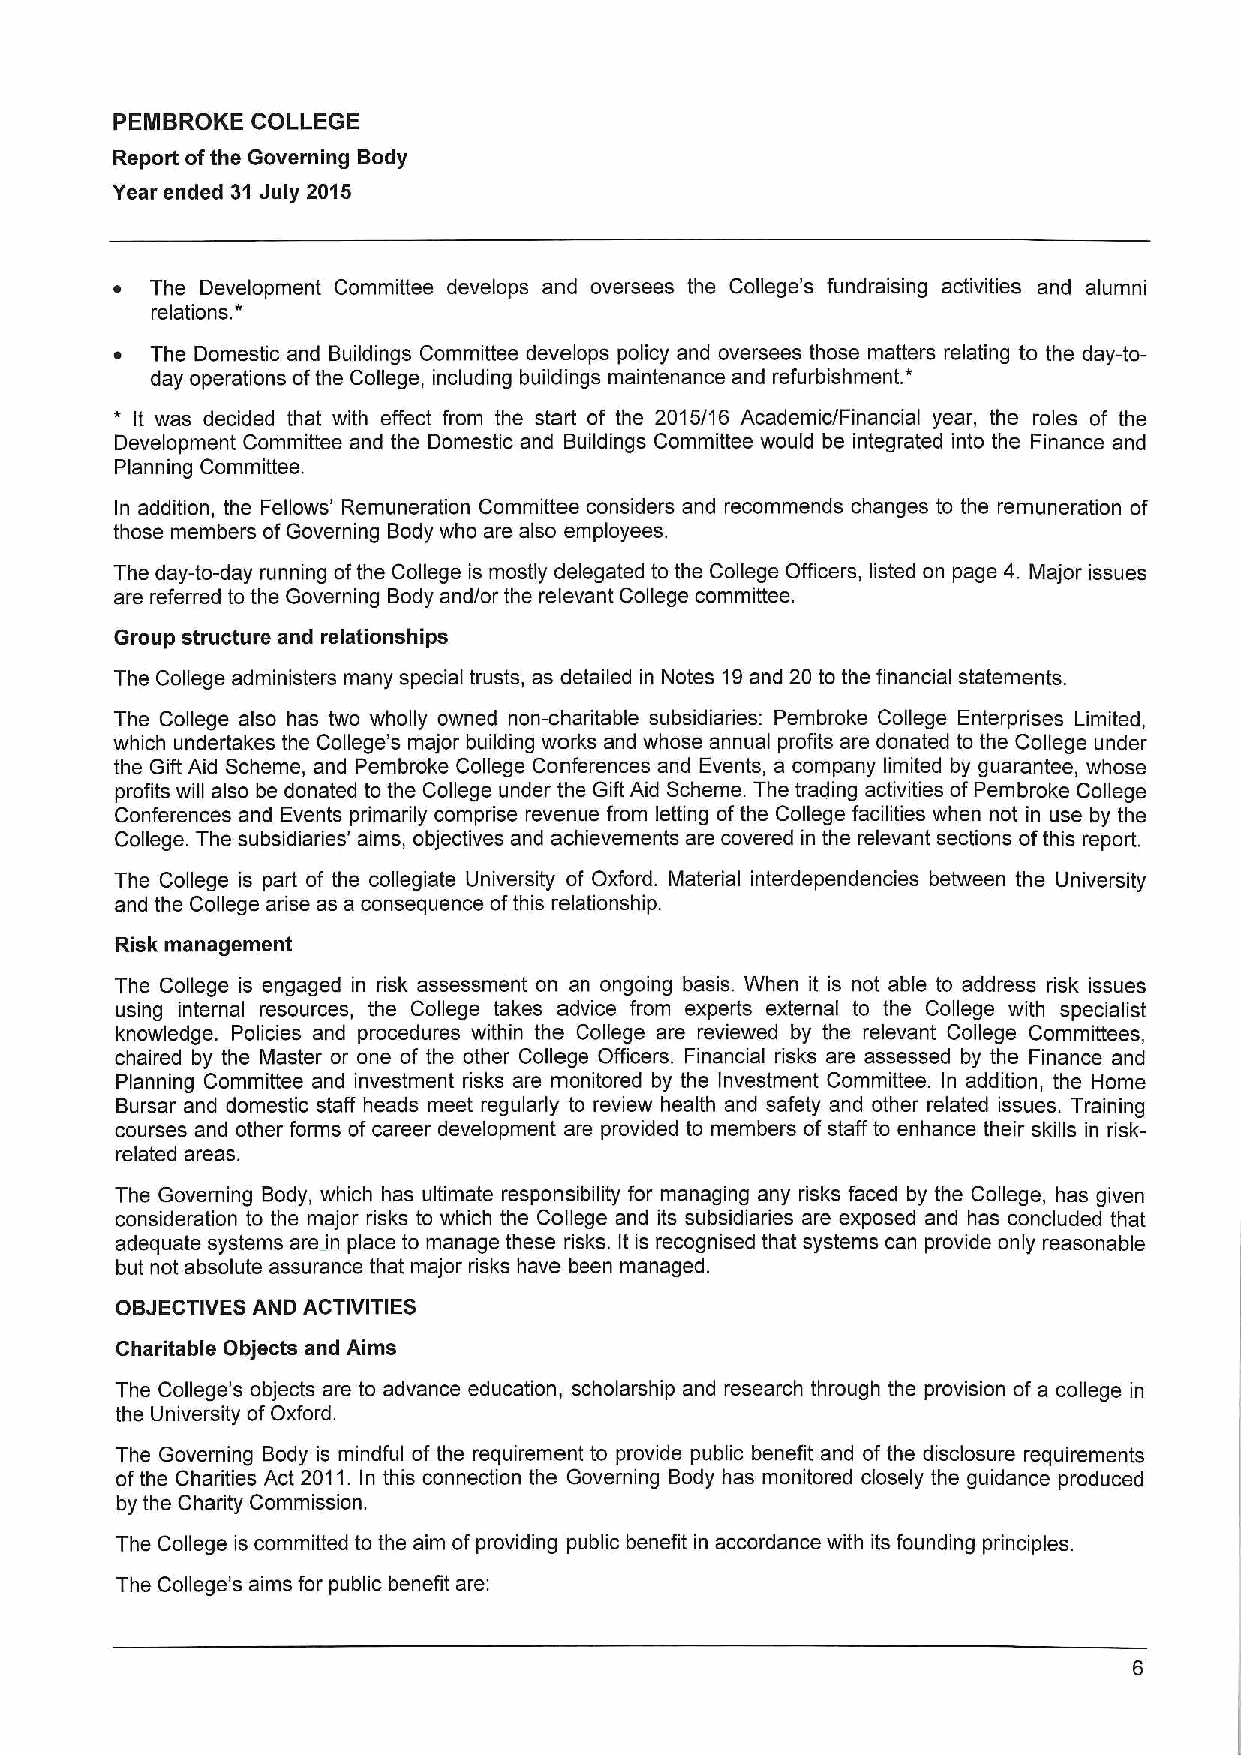
PEMBROKE  COLLEGE
 Report ofthe Governing Body
 Year ended 31 July 2015
 ~  The Development Committee develops and oversees the College's fundraising activities and alumni
 *
 relations.
 ~  The Domestic and Buildings Committee develops policy and oversees those matters relating to the day-to-
 *
 day operations ofthe College, including buildings maintenance and refurbishment.
 * It was decided that with effect from the start of the 2015/16 Academic/Financial year, the roles of the
 Development Committee and the Domestic and Buildings Committee would be integrated into the Finance and
 Planning Committee.
 In addition, the Fellows' Remuneration Committee considers and recommends changes to the remuneration of
 those members ofGoverning Body who are also employees.
 The day-to-day running ofthe College is mostly delegated to the College Officers, listed on page 4. Major issues
 are referred to the Governing Body and/or the relevant College committee.
 Group structure and relationships
 The College administers many special trusts, as detailed in Notes 19and 20 to the financial statements.
 The College also has two wholly owned non-charitable subsidiaries: Pembroke College Enterprises Limited,
 which undertakes the College's major building works and whose annual profits are donated to the College under
 the Gift Aid Scheme, and Pembroke College Conferences and Events, a company limited by guarantee, whose
 profits will also be donated to the College under the Gift Aid Scheme. The trading activities ofPembroke College
 Conferences and Events primarily comprise revenue from letting ofthe College facilities when not in use by the
 College. The subsidiaries' aims, objectives and achievements are covered in the relevant sections ofthis report.
 The College is part of the collegiate University of Oxford. Material interdependencies between the University
 and the College arise as a consequence ofthis relationship.
 Risk management
 The College is engaged in risk assessment on an ongoing basis. When it is not able to address risk issues
 using internal resources, the College takes advice from experts external to the College with specialist
 knowledge. Policies and procedures within the College are reviewed by the relevant College Committees,
 chaired by the Master or one of the other College Officers. Financial risks are assessed by the Finance and
 Planning Committee and investment risks are monitored by the Investment Committee. In addition, the Home
 Bursar and domestic staff heads meet regularly to review health and safety and other related issues. Training
 courses and other forms of career development are provided to members ofstaff to enhance their skills in risk-
 related areas.
 The Governing Body, which has ultimate responsibility for managing any risks faced by the College, has given
 consideration to the major risks to which the College and its subsidiaries are exposed and has concluded that
 adequate systems are in place to manage these risks. Itis recognised that systems can provide only reasonable
 but not absolute assurance that major risks have been managed.
 OBJECTIVES AND ACTIVITIES
 Charitable Objects and Aims
 The College's objects are to advance education, scholarship and research through the provision of a college in
 the University ofOxford.
 The Governing Body is mindful of the requirement to provide public benefit and of the disclosure requirements
 ofthe Charities Act 2011. In this connection the Governing Body has monitored closely the guidance produced
 by the Charity Commission.
 The College is committed to the aim of providing public benefit in accordance with its founding principles.
 The College's aims for public benefit are: